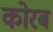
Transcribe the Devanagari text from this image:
कोरब